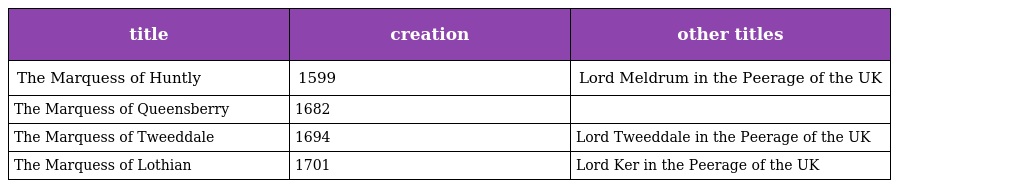
| title | creation | other titles |
 | --- | --- | --- |
 | The Marquess of Huntly | 1599 | Lord Meldrum in the Peerage of the UK |
 | The Marquess of Queensberry | 1682 |  |
 | The Marquess of Tweeddale | 1694 | Lord Tweeddale in the Peerage of the UK |
 | The Marquess of Lothian | 1701 | Lord Ker in the Peerage of the UK |